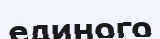
единого